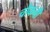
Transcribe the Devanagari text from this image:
चौकनी